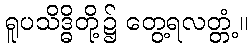
ရူပသိဒ္ဓိတို့၌ တွေ့ရလတ္တံ့။